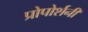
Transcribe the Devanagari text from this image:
प्रोपोर्शनी